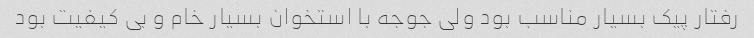
رفتار پیک بسیار مناسب بود ولی جوجه با استخوان بسیار خام و بی کیفیت بود